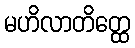
မဟိလာတိတ္ထေ